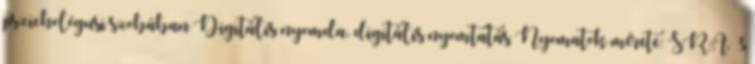
pszichológusi szobában Digitális nyomda, digitális nyomtatás Nyomatok mérete: SRA 3